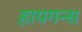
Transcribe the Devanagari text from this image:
हायगन्स